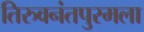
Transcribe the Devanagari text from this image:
तिरुवनंतपुरमला